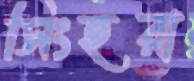
সিংহরা